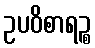
ဥပဝိစာရဉ္စ